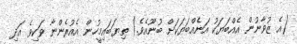
(އެ ޒުވާނުން އެއްބަޔަކު އަނެއްބަޔަކަށް ބުނޫއެވެ.) ތިޔަބައިމީހުން އެއުރެންނާ ވަކިވެ އަދި